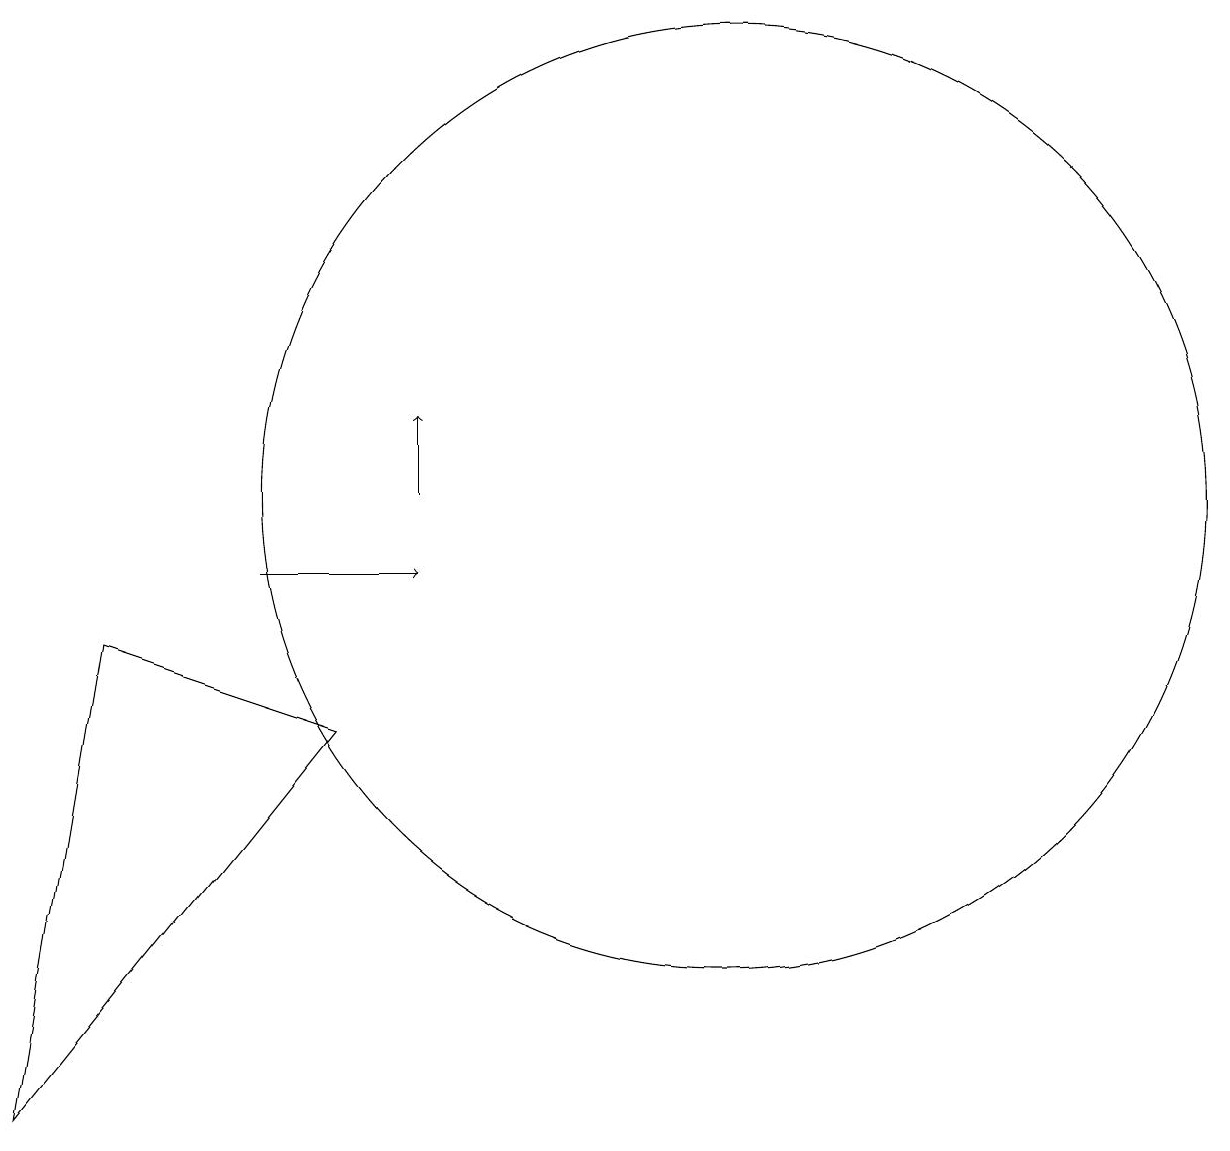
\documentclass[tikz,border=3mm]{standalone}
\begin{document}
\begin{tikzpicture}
\draw[->] (5,10) -- (7,10);
\draw (11,11) circle (6);
\draw[->] (7,11) -- (7,12);
\draw (2,3) -- (6,8) -- (3,9) -- cycle;
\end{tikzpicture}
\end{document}